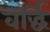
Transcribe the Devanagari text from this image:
वर्द्धि